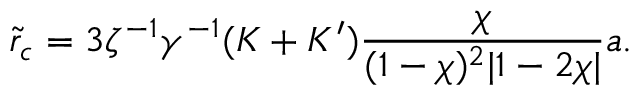
\tilde { r } _ { c } = 3 \zeta ^ { - 1 } \gamma ^ { - 1 } ( K + K ^ { \prime } ) \frac { \chi } { ( 1 - \chi ) ^ { 2 } | 1 - 2 \chi | } a .